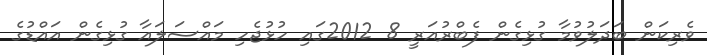
ވެރިކަން ބަދަލުވުމާ ގުޅިގެން ފެބްރުއަރީ 8 2012ގައި ހުޅުޖެހި މައްސަލައާ ގުޅިގެން އައްޑުގެ